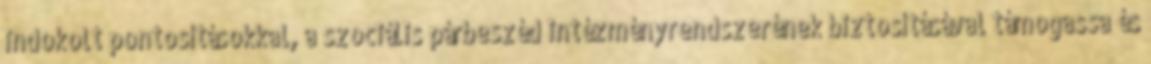
indokolt pontosításokkal, a szociális párbeszéd intézményrendszerének biztosításával támogassa és